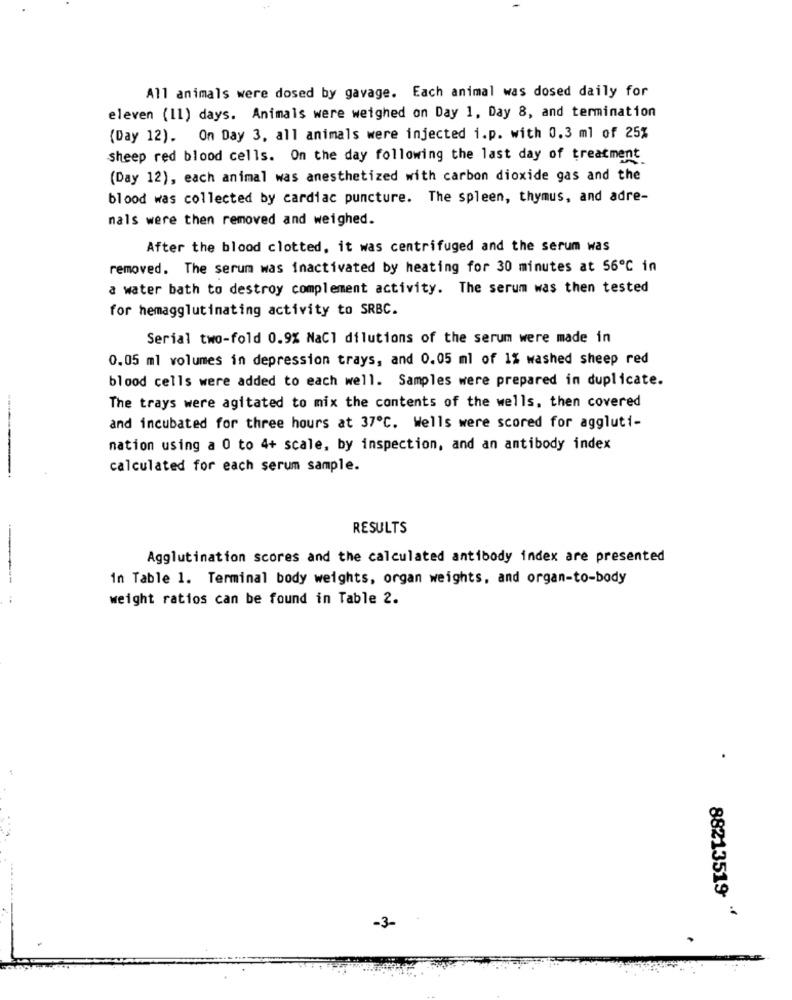
All animals were dosed by gavage. Each animal was dosed daily for
eleven (11) days. Animals were weighed on Day 1, Day 8, and termination
(Day 12). On Day 3, all animals were injected i.p. with 0.3 ml of 25%
sheep red blood cells. On the day following the last day of treatment
(Day 12), each animal was anesthetized with carbon dioxide gas and the
blood was collected by cardiac puncture. The spleen, thymus, and adre-
nals were then removed and weighed.
After the blood clotted, it was centrifuged and the serum was
removed. The serum was inactivated by heating for 30 minutes at 56℃ in
a water bath to destroy complement activity. The serum was then tested
for hemagglutinating activity to SRBC.
Serial two-fold 0.9% NaCl dilutions of the serum were made in
0.05 ml volumes in depression trays, and 0.05 ml of 1% washed sheep red
blood cells were added to each well. Samples were prepared in duplicate.
The trays were agitated to mix the contents of the wells, then covered
and incubated for three hours at 37℃. Wells were scored for aggluti-
nation using a 0 to 4+ scale, by inspection, and an antibody index
calculated for each serum sample.
RESULTS
Agglutination scores and the calculated antibody index are presented
in Table 1. Terminal body weights, organ weights, and organ-to-body
weight ratios can be found in Table 2.
88213519
-3-